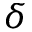
\delta